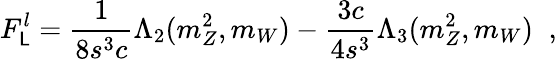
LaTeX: F_{\mathsf{L}}^{l}=\frac{{1}}{{8s^{3}c}}\Lambda_{2}(m_{Z}^{2},m_{W})-\frac{{3c}}{{4s^{3}}}\Lambda_{3}(m_{Z}^{2},m_{W})\; \; ,